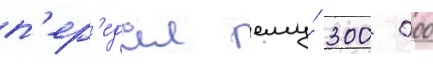
п'ер'едал ему́ 300 000